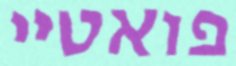
פואטיי